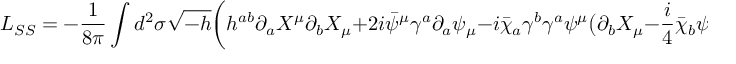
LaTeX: L _ { S S } = - { \frac { 1 } { 8 \pi } } \int d ^ { 2 } \sigma \sqrt { - h } \bigg ( h ^ { a b } \partial _ { a } X ^ { \mu } \partial _ { b } X _ { \mu } + 2 i \bar { \psi } ^ { \mu } \gamma ^ { a } \partial _ { a } \psi _ { \mu } - i \bar { \chi } _ { a } \gamma ^ { b } \gamma ^ { a } \psi ^ { \mu } \big ( \partial _ { b } X _ { \mu } - { \frac { i } { 4 } } \bar { \chi } _ { b } \psi _ { \mu } \big ) \bigg ) ,